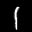
Label: 1